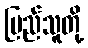
ပြည်သူတို့